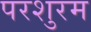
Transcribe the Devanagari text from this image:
परशुरम